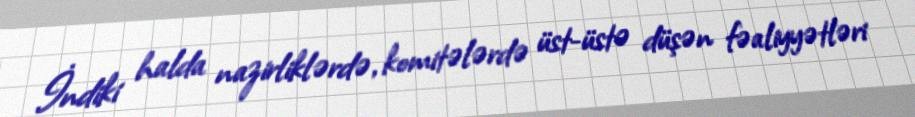
İndiki halda nazirliklərdə, komitələrdə üst-üstə düşən fəaliyyətləri